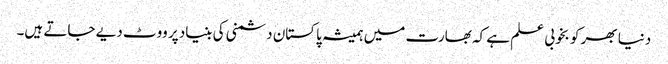
دنیا بھر کو بخوبی علم ہے کہ بھارت میں ہمیشہ پاکستان دشمنی کی بنیاد پر ووٹ دیے جاتے ہیں۔